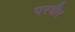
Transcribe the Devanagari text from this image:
परवीर